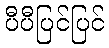
ပီပီပြင်ပြင်